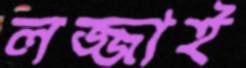
লজ্জাই